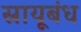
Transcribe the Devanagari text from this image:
स्नायूबंध